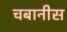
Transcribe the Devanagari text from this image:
चबानीस